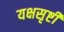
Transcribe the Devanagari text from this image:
यक्षसृष्टी